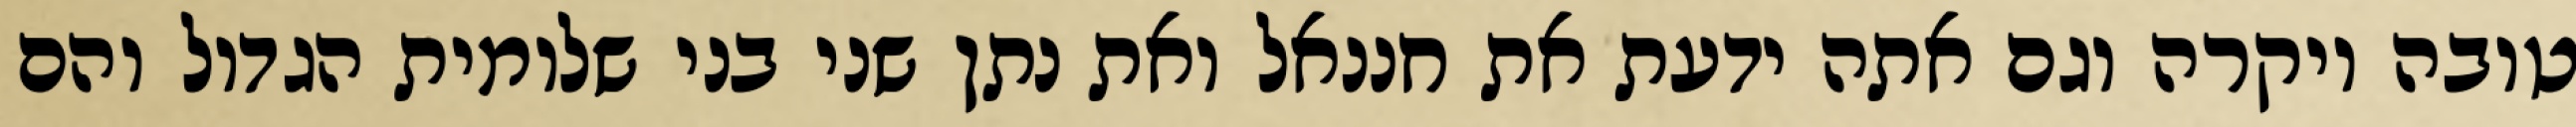
טובה ויקרה וגם אתה ידעת את חננאל ואת נתן שני בני שלומית הגדול והם